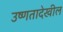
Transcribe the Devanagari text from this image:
उष्णतादेखील